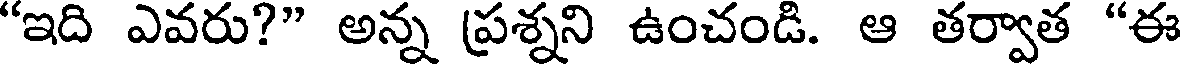
"ఇది ఎవరు?" అన్న ప్రశ్నని ఉంచండి. ఆ తర్వాత "ఈ